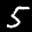
Label: 5